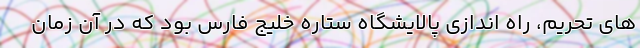
های تحریم، راه اندازی پالایشگاه ستاره خلیج فارس بود که در آن زمان